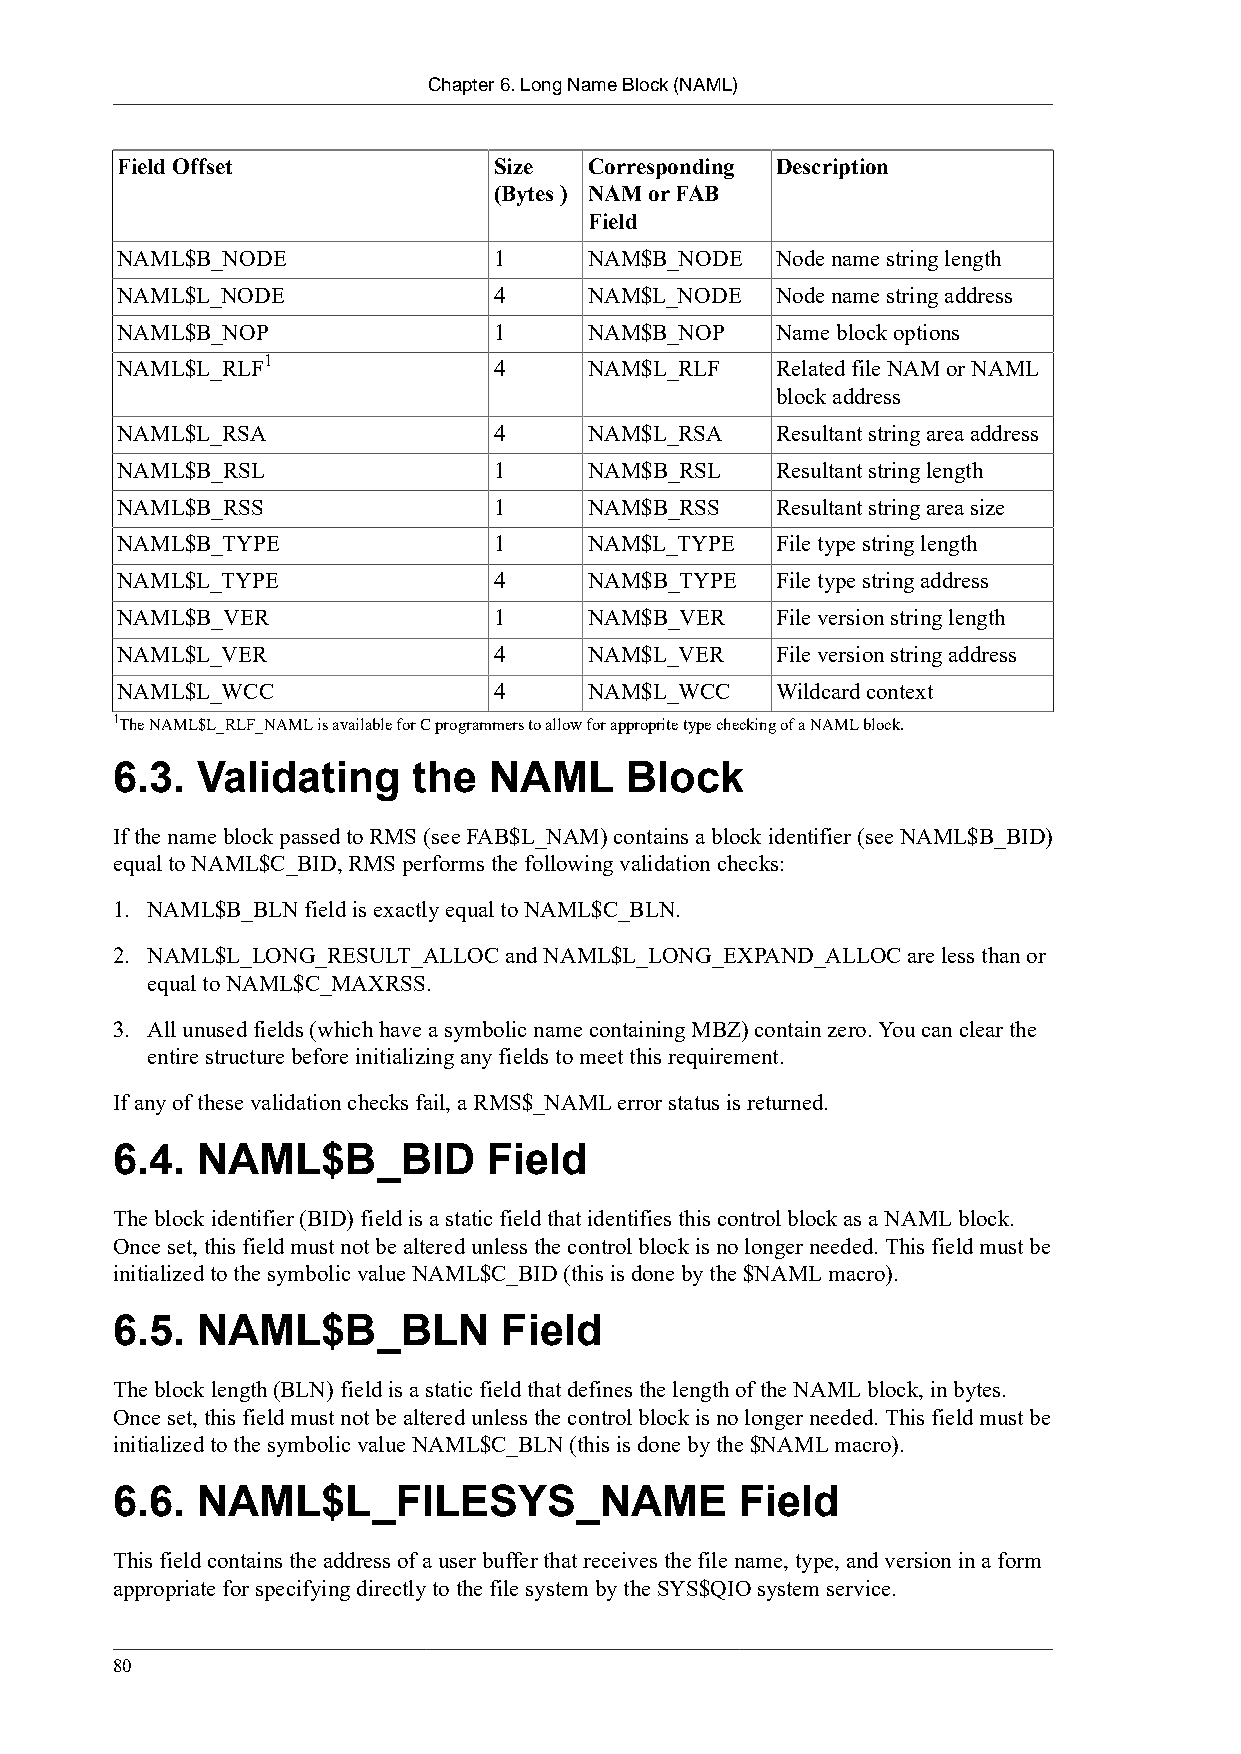
Chapter 6. Long Name Block (NAML)
 Field Offset             Size  Corresponding Description
 (Bytes ) NAM or FAB
 Field
 NAML$B_NODE              1     NAM$B_NODE  Node name string length
 NAML$L_NODE              4     NAM$L_NODE  Node name string address
 NAML$B_NOP               1     NAM$B_NOP   Name block options
 1
 NAML$L_RLF               4     NAM$L_RLF   Related file NAM or NAML
 block address
 NAML$L_RSA               4     NAM$L_RSA   Resultant string area address
 NAML$B_RSL               1     NAM$B_RSL   Resultant string length
 NAML$B_RSS               1     NAM$B_RSS   Resultant string area size
 NAML$B_TYPE              1     NAM$L_TYPE  File type string length
 NAML$L_TYPE              4     NAM$B_TYPE  File type string address
 NAML$B_VER               1     NAM$B_VER   File version string length
 NAML$L_VER               4     NAM$L_VER   File version string address
 NAML$L_WCC               4     NAM$L_WCC   Wildcard context
 1The NAML$L_RLF_NAML is available for C programmers to allow for approprite type checking of a NAML block.
 6.3.  Validating    the  NAML     Block
 If the name block passed to RMS (see FAB$L_NAM) contains a block identifier (see NAML$B_BID)
 equal to NAML$C_BID, RMS performs the following validation checks:
 1. NAML$B_BLN field is exactly equal to NAML$C_BLN.
 2. NAML$L_LONG_RESULT_ALLOC and NAML$L_LONG_EXPAND_ALLOC are less than or
 equal to NAML$C_MAXRSS.
 3. All unused fields (which have a symbolic name containing MBZ) contain zero. You can clear the
 entire structure before initializing any fields to meet this requirement.
 If any of these validation checks fail, a RMS$_NAML error status is returned.
 6.4.  NAML$B_BID         Field
 The block identifier (BID) field is a static field that identifies this control block as a NAML block.
 Once set, this field must not be altered unless the control block is no longer needed. This field must be
 initialized to the symbolic value NAML$C_BID (this is done by the $NAML macro).
 6.5.  NAML$B_BLN          Field
 The block length (BLN) field is a static field that defines the length of the NAML block, in bytes.
 Once set, this field must not be altered unless the control block is no longer needed. This field must be
 initialized to the symbolic value NAML$C_BLN (this is done by the $NAML macro).
 6.6.  NAML$L_FILESYS_NAME                 Field
 This field contains the address of a user buffer that receives the file name, type, and version in a form
 appropriate for specifying directly to the file system by the SYS$QIO system service.
 80